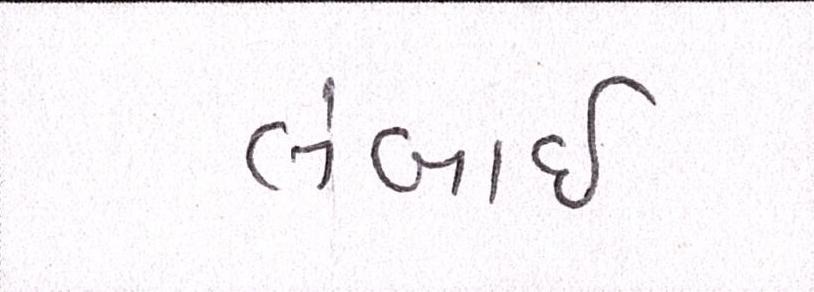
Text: લંબાઈ